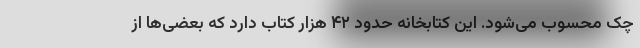
چک محسوب می‌شود. این کتابخانه حدود ۴۲ هزار کتاب دارد که بعضی‌ها از